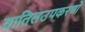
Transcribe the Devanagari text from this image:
वातिलउपकरणों